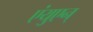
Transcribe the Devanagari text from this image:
एंयुएन्